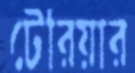
টেরিয়ার